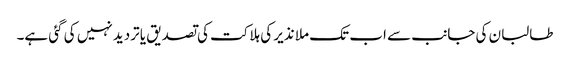
طالبان کی جانب سے اب تک ملا نذیر کی ہلاکت کی تصدیق یا تردید نہیں کی گئی ہے۔